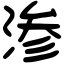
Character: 渗